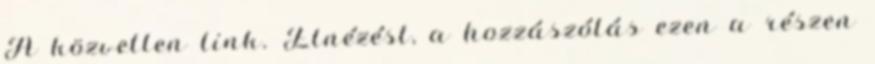
A közvetlen link. Elnézést, a hozzászólás ezen a részen